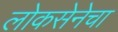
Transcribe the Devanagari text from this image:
लोकसेनेचा